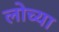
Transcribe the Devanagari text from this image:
लोच्या